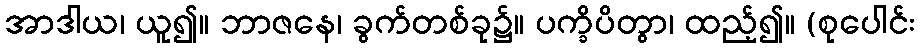
အာဒါယ၊ ယူ၍။ ဘာဇနေ၊ ခွက်တစ်ခု၌။ ပက္ခိပိတွာ၊ ထည့်၍။ (စုပေါင်း